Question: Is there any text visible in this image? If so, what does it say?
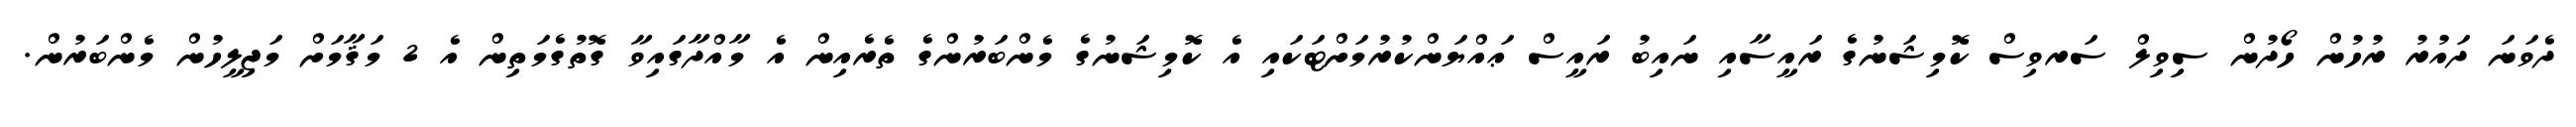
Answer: ދެވަނަ ދައުރު ރުހުން ހޯދުން ސިވިލް ސަރވިސް ކޮމިޝަނުގެ ރައީސާއި ނައިބު ރައީސް ޢައްޔަންކުރުމަށްޓަކައި އެ ކޮމިޝަނުގެ މެންބަރުންގެ ތެރެއިން އެ މާއްދާގައިވާ ގޮތުގެމަތިން އެ 2 މަޤާމަށް މަޖިލީހުން މެންބަރުން.